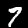
Label: 7